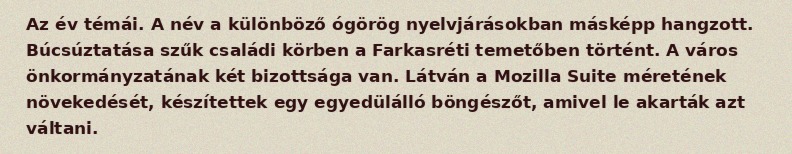
Az év témái. A név a különböző ógörög nyelvjárásokban másképp hangzott. Búcsúztatása szűk családi körben a Farkasréti temetőben történt. A város önkormányzatának két bizottsága van. Látván a Mozilla Suite méretének növekedését, készítettek egy egyedülálló böngészőt, amivel le akarták azt váltani.